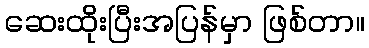
ဆေးထိုးပြီးအပြန်မှာ ဖြစ်တာ။